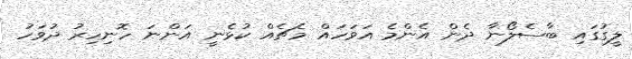
ލީގުގައި ބާސެލޯނާ ދެން އެންމެ އަވަހައް މެޗެއް ކުޅެނީ އަންނަ ހޮނިހިރު ދުވަހު